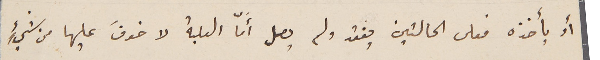
أو يأخذه فعلى الحالتين يفقد ولم يصل أَمّا العلبة لا خوفَ عليها من شيءٍ